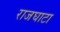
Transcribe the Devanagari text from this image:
राजघाटा